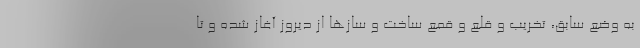
به وضع سابق، تخریب و قلع و قمع ساخت و ساز‌ها از دیروز آغاز شده و تا